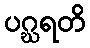
ပဂ္ဃရတိ